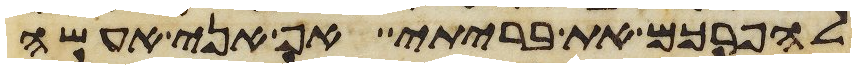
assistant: להפרכם את בריתי אף אני אעשה